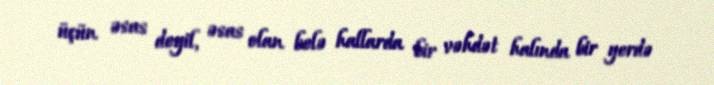
üçün əsas deyil, əsas olan belə hallarda bir vəhdət halında bir yerdə